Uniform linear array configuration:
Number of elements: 32
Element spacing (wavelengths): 1
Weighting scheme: kaiser
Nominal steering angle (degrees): -15
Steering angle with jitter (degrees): -15.62
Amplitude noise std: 0.05
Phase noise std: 0.05

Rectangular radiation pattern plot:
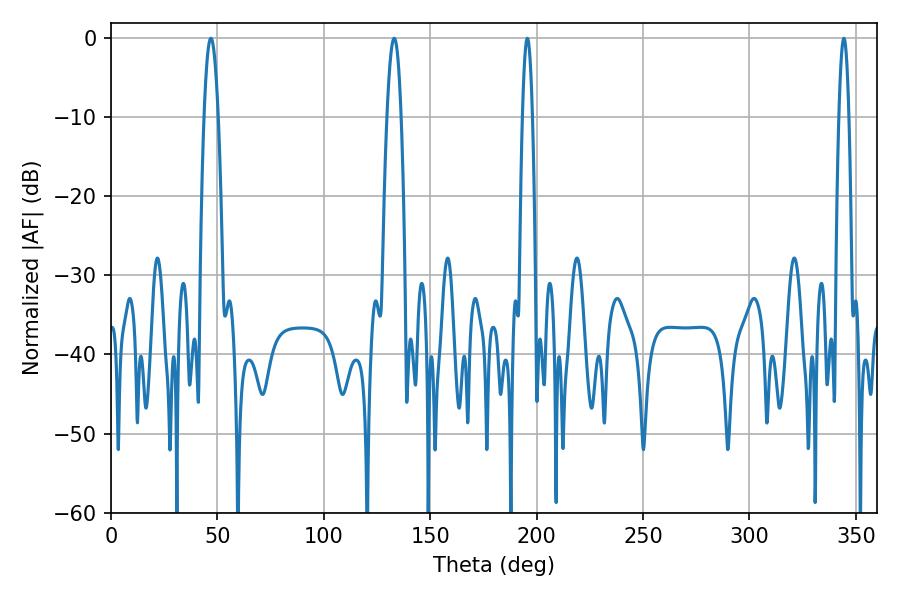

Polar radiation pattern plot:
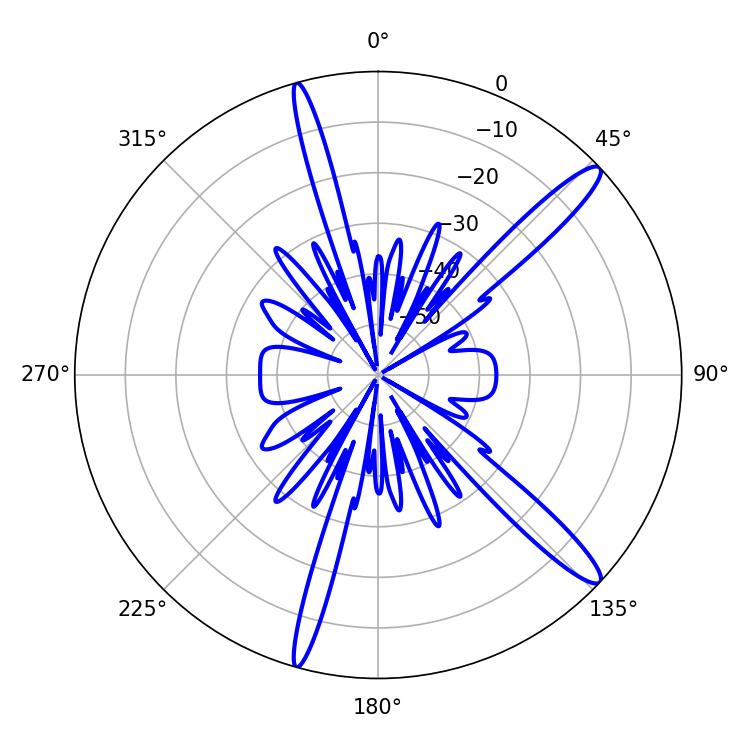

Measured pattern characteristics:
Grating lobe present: TRUE
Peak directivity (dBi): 14.265
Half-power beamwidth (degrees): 2.52
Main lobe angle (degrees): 195.66